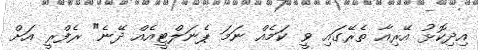
އިދިކޮޅު އޭރިއާ ތެރޭގައި ވީ ކަމެއް ނަމަ ޕެނަލްޓީއެއް ދޭނެ" ރެފްރީ އަށް